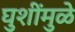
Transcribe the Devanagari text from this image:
घुशींमुळे